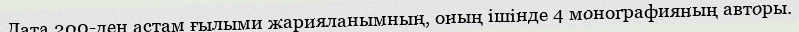
Лата 200-ден астам ғылыми жарияланымның, оның ішінде 4 монографияның авторы.